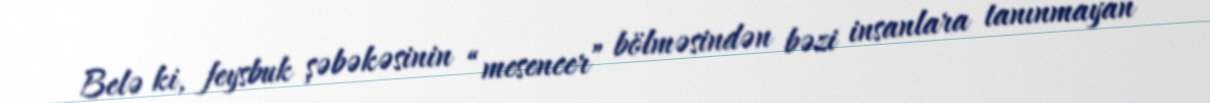
Belə ki, feysbuk şəbəkəsinin “mesencer” bölməsindən bəzi insanlara tanınmayan